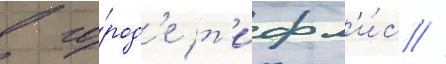
в го́род'е т'ифл'и́с //